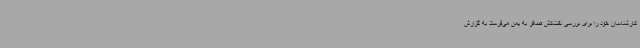
کارشناسان خود را برای بررسی نفت‌کش صافر به یمن می‌فرستد به گزارش